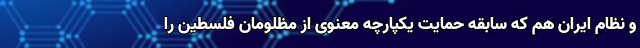
و نظام ایران هم که سابقه حمایت یکپارچه معنوی از مظلومان فلسطین را